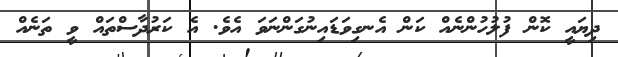
ދިޔައީ ކޮން ފުލުހުންނެއް ކަން އެނގިވަޑައިނުގަންނަވަ އެވެ. އެ ކަރުދާސްތައް ވީ ތަނެއް